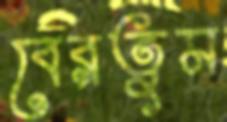
বেরতুম